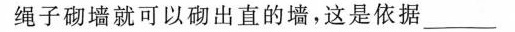
绳子砌墙就可以砌出直的墙，这是依据___